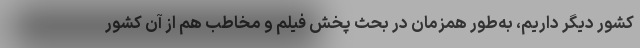
کشور دیگر داریم، به‌طور همزمان در بحث پخش فیلم و مخاطب هم از آن کشور